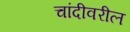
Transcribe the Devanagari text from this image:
चांदीवरील